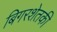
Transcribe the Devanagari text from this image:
बिगरशेतकी